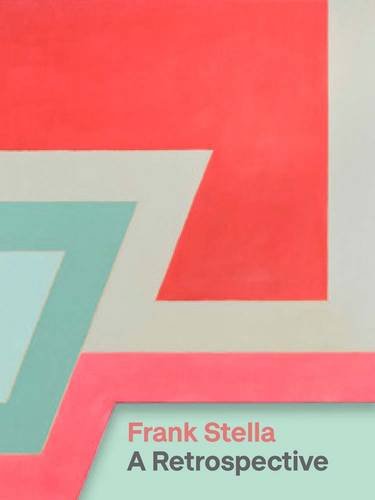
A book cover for Frank Stella: A Retrospective; Michael Auping; Arts & Photography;